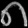
Digit: ၈